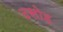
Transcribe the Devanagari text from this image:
दसोह